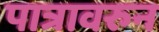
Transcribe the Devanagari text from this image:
पात्रावरुन